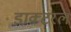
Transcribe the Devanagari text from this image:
डाक्टरल